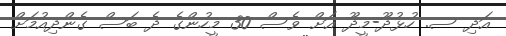
އަދި ސ. ހުޅުދޫ-މީދޫ އަށް ވެސް 30 މީހުންގެ ދެ ބަސް ގެންދިއުމަށް